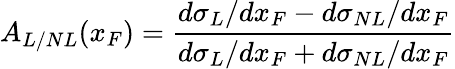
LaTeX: A_{L/NL}(x_{F})=\frac{d\sigma_{L}/dx_{F}-d\sigma_{NL}/dx_{F}}{d\sigma_{L}/dx_{F}+d\sigma_{NL}/dx_{F}}